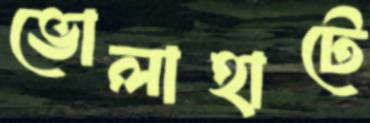
ভোলাহাটে